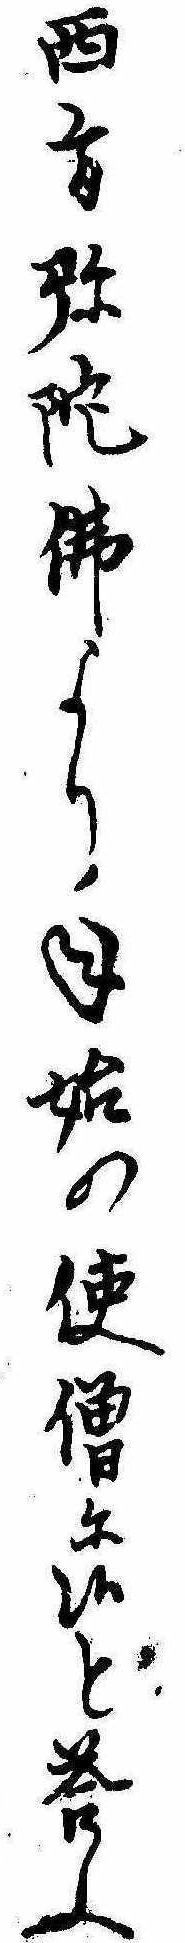
西方弥陀仏より年始の使僧に候と答ふ